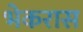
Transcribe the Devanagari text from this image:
भेकरास